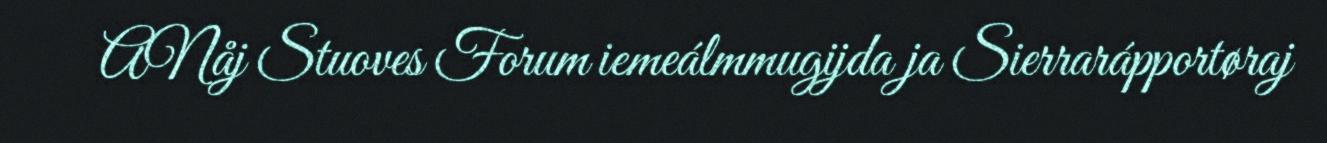
ANåj Stuoves Forum iemeálmmugijda ja Sierrarápportøraj